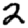
Digit: 2